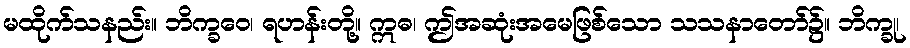
မထိုက်သနည်း။ ဘိက္ခဝေ၊ ရဟန်းတို့။ ဣဓ၊ ဤအဆုံးအမေဖြစ်သော သသနာတော်၌။ ဘိက္ခု၊